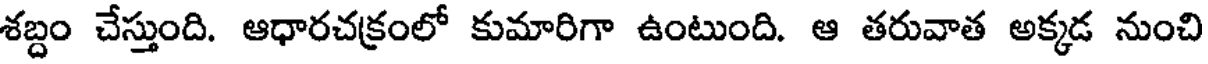
శబ్దం చేస్తుంది. ఆధారచక్రంలో కుమారిగా ఉంటుంది. ఆ తరువాత అక్కడ నుంచి